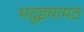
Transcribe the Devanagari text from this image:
भदुइयामठ